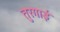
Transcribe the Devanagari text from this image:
तुरगाई